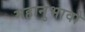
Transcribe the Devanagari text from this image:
महानुभावो